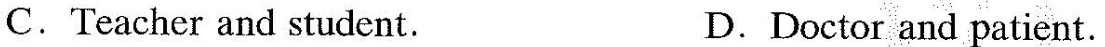
C.Teacher and student. D.Doctor and patient.